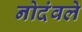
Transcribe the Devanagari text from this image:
नोदंवले